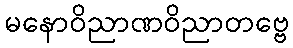
မနောဝိညာဏဝိညာတဗ္ဗေ